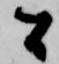
間